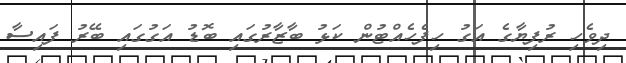
ދިވެހި ރުފިޔާގެ އަގު ހިފެހެއްޓުން ކަޅު ބާޒާރުގައި ބޮޑު އަގުގައި ބޭރު ފައިސާ